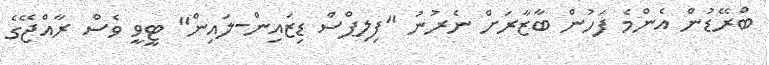
ބްރޭޑުން އެންމެ ފަހުން ބާޒާރަށް ނެރުނު "ފިލިޕްސް ޑިޒައިން-ލައިން" ޓީވީ ވެސް ރާއްޖޭގެ